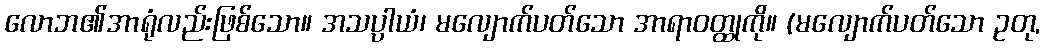
လောဘ၏အာရုံလည်းဖြစ်သော။ အသပ္ပါယံ၊ မလျောက်ပတ်သော အာရာဝတ္ထုကို။ (မလျောက်ပတ်သော ဥတု,